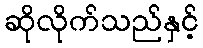
ဆိုလိုက်သည်နှင့်